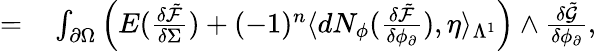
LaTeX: \begin{array}{rl}{=}&{{}\int_{\partial\Omega}\Big(E(\frac{\delta\tilde{\mathcal{F}}}{\delta\Sigma})+(-1)^{n}\langle dN_{\phi}(\frac{\delta\tilde{\mathcal{F}}}{\delta\phi_{\partial}}),\eta\rangle_{\Lambda^{1}}\Big)\wedge\frac{\delta\tilde{\mathcal{G}}}{\delta\phi_{\partial}},}\end{array}